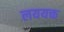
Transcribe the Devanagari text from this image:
लययक्त